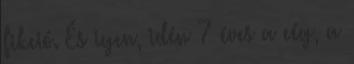
fikció. És igen, idén 7 éves a cég, a